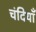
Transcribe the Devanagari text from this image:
चंदियाँ